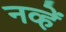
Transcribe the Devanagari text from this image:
नव्हें